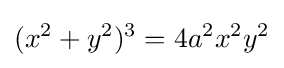
(x^{2}+y^{2})^{3}=4a^{2}x^{2}y^{2}